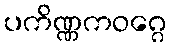
ပကိဏ္ဏကဝဂ္ဂေ